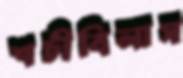
শচীবিলাস